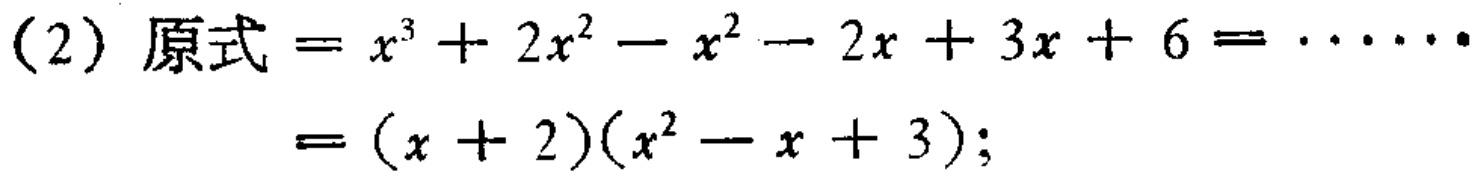
（2）原式$= x^{3}+2x^{2}-x^{2}-2x + 3x + 6=\cdots\cdots$

$=(x + 2)(x^{2}-x + 3);$